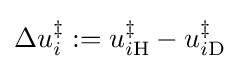
\Delta u_{i}^{\ddagger }:=u_{i\mathrm {H} }^{\ddagger }-u_{i\mathrm {D} }^{\ddagger }